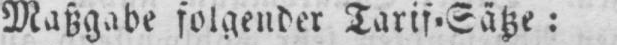
Maßgabe folgender Tarif⸗Sätze: